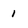
Character: 1